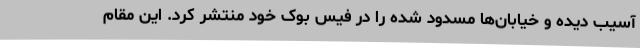
آسیب دیده و خیابان‌ها مسدود شده را در فیس بوک خود منتشر کرد. این مقام